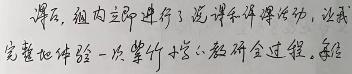
课后, 组内立即进行了说课评课活动, 让我完整地体验一次某小学的教研全过程, 亲